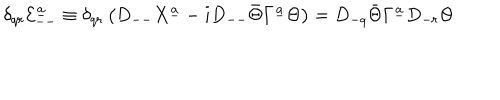
LaTeX: \delta _ { q r } { \cal E } _ { -- } ^ { \underline { { a } } } \equiv \delta _ { q r } \left( D _ { -- } X ^ { \underline { { a } } } - i D _ { -- } \bar { \Theta } \Gamma ^ { \underline { { a } } } \Theta \right) = D _ { - q } \bar { \Theta } \Gamma ^ { \underline { { a } } } D _ { - r } \Theta